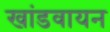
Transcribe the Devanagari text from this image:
खांडवायन